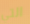
التي